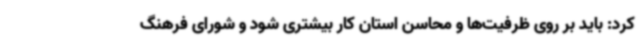
کرد: باید بر روی ظرفیت‌ها و محاسن استان کار بیشتری شود و شورای فرهنگ